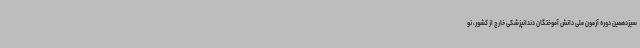
سیزدهمین دوره آزمون ملی دانش آموختگان دندانپزشکی خارج از کشور، نو